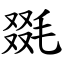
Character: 毲